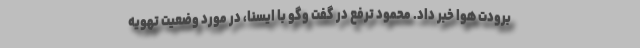
برودت هوا خبر داد. محمود ترفع در گفت وگو با ایسنا، در مورد وضعیت تهویه